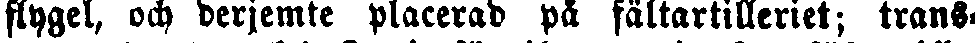
flygel, och derjemte placerad på fältartilleriet; trans-